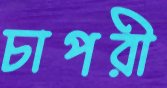
চাপরী